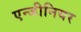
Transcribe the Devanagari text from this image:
एन्जीनियर